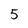
Character: 5